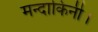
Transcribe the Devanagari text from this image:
मन्दाकिनी।